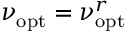
\nu _ { \mathrm { o p t } } = \nu _ { \mathrm { o p t } } ^ { r }